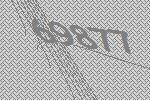
69877